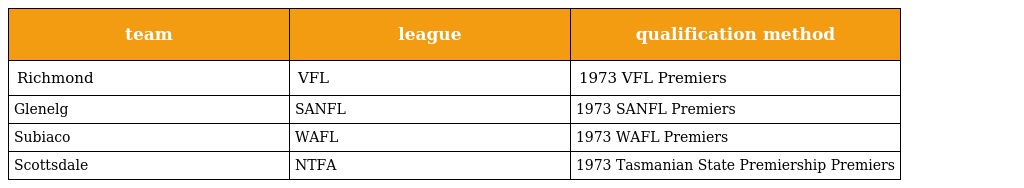
| team | league | qualification method |
 | --- | --- | --- |
 | Richmond | VFL | 1973 VFL Premiers |
 | Glenelg | SANFL | 1973 SANFL Premiers |
 | Subiaco | WAFL | 1973 WAFL Premiers |
 | Scottsdale | NTFA | 1973 Tasmanian State Premiership Premiers |